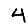
Digit: 4